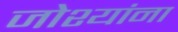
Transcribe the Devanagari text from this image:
जोश्यांना